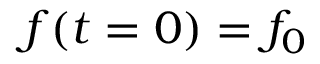
f ( t = 0 ) = f _ { 0 }